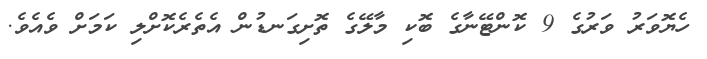
ހެޔޮވަރު ވަރުގެ 9 ކޮންޓޭނާގެ ބޮކި މާލޭގެ ތޮށިގަނޑުން އެތެރެކޮށްލި ކަމަށް ވެއެވެ.